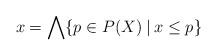
LaTeX: \begin{align*}x=\bigwedge\{p\in P(X)\:|\:x\le p\}\end{align*}